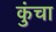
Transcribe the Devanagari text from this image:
कुंचा